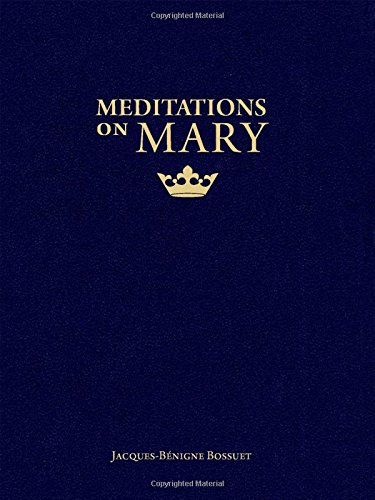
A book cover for Meditations on Mary; Jacques-BÃ©nigne Bossuet; Christian Books & Bibles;